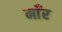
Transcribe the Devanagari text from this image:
माँर